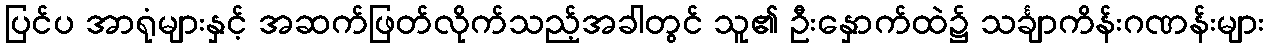
ပြင်ပ အာရုံများနှင့် အဆက်ဖြတ်လိုက်သည့်အခါတွင် သူ၏ ဦးနှောက်ထဲ၌ သင်္ချာကိန်းဂဏန်းများ